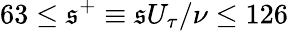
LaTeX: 63\leq\mathfrak{s}^{+}\equiv\mathfrak{s}U_{\tau}/\nu\leq126